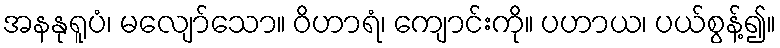
အနနုရူပံ၊ မလျော်သော။ ဝိဟာရံ၊ ကျောင်းကို။ ပဟာယ၊ ပယ်စွန့်၍။